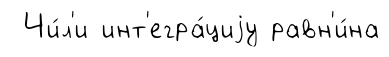
Чи́л'и инт'егра́циjу равн'и́на